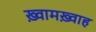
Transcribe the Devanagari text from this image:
ख़्वामख़्वाह